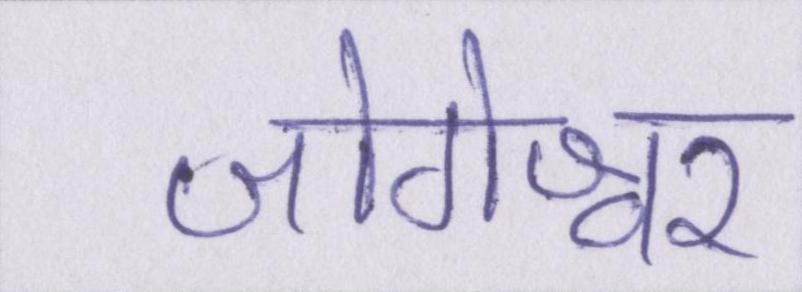
जोगेश्वर